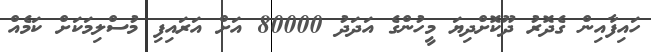
ހައިފާއިން ގެދޮރު ދޫކޮށްދިޔަ މީހުންގެ އަދަދު 80000 އަށް އަރައިފި މުސްލިމަކަށް ކަމެއް